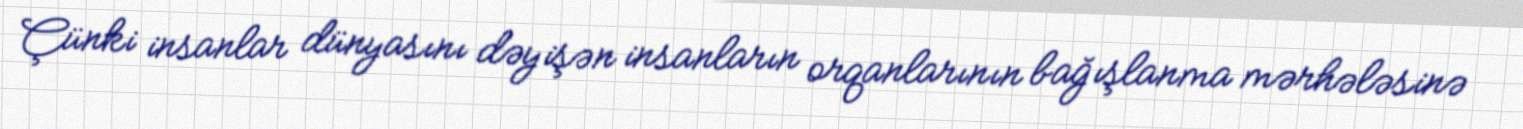
Çünki insanlar dünyasını dəyişən insanların orqanlarının bağışlanma mərhələsinə